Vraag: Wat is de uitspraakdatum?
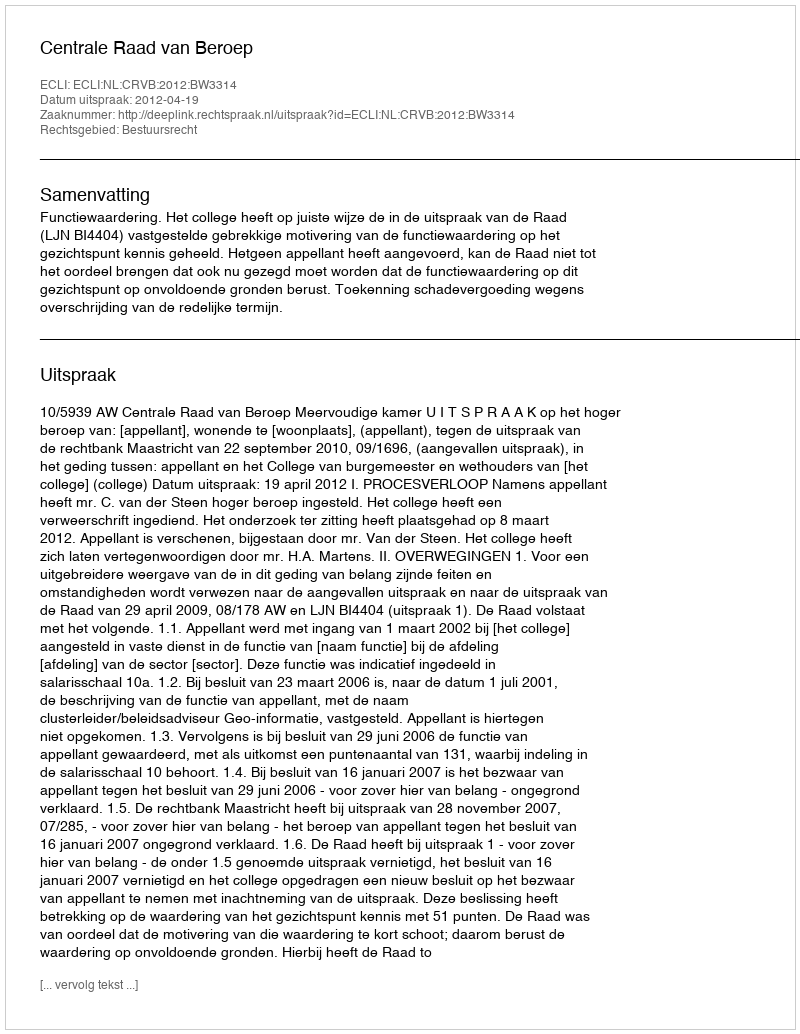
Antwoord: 2012-04-19